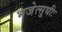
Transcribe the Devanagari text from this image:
भजेत्सुधीः